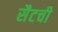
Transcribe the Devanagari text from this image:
सैटची